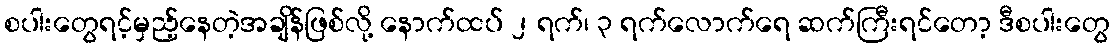
စပါးတွေရင့်မှည့်နေတဲ့အချိန်ဖြစ်လို့ နောက်ထပ် ၂ ရက်၊ ၃ ရက်လောက်ရေ ဆက်ကြီးရင်တော့ ဒီစပါးတွေ